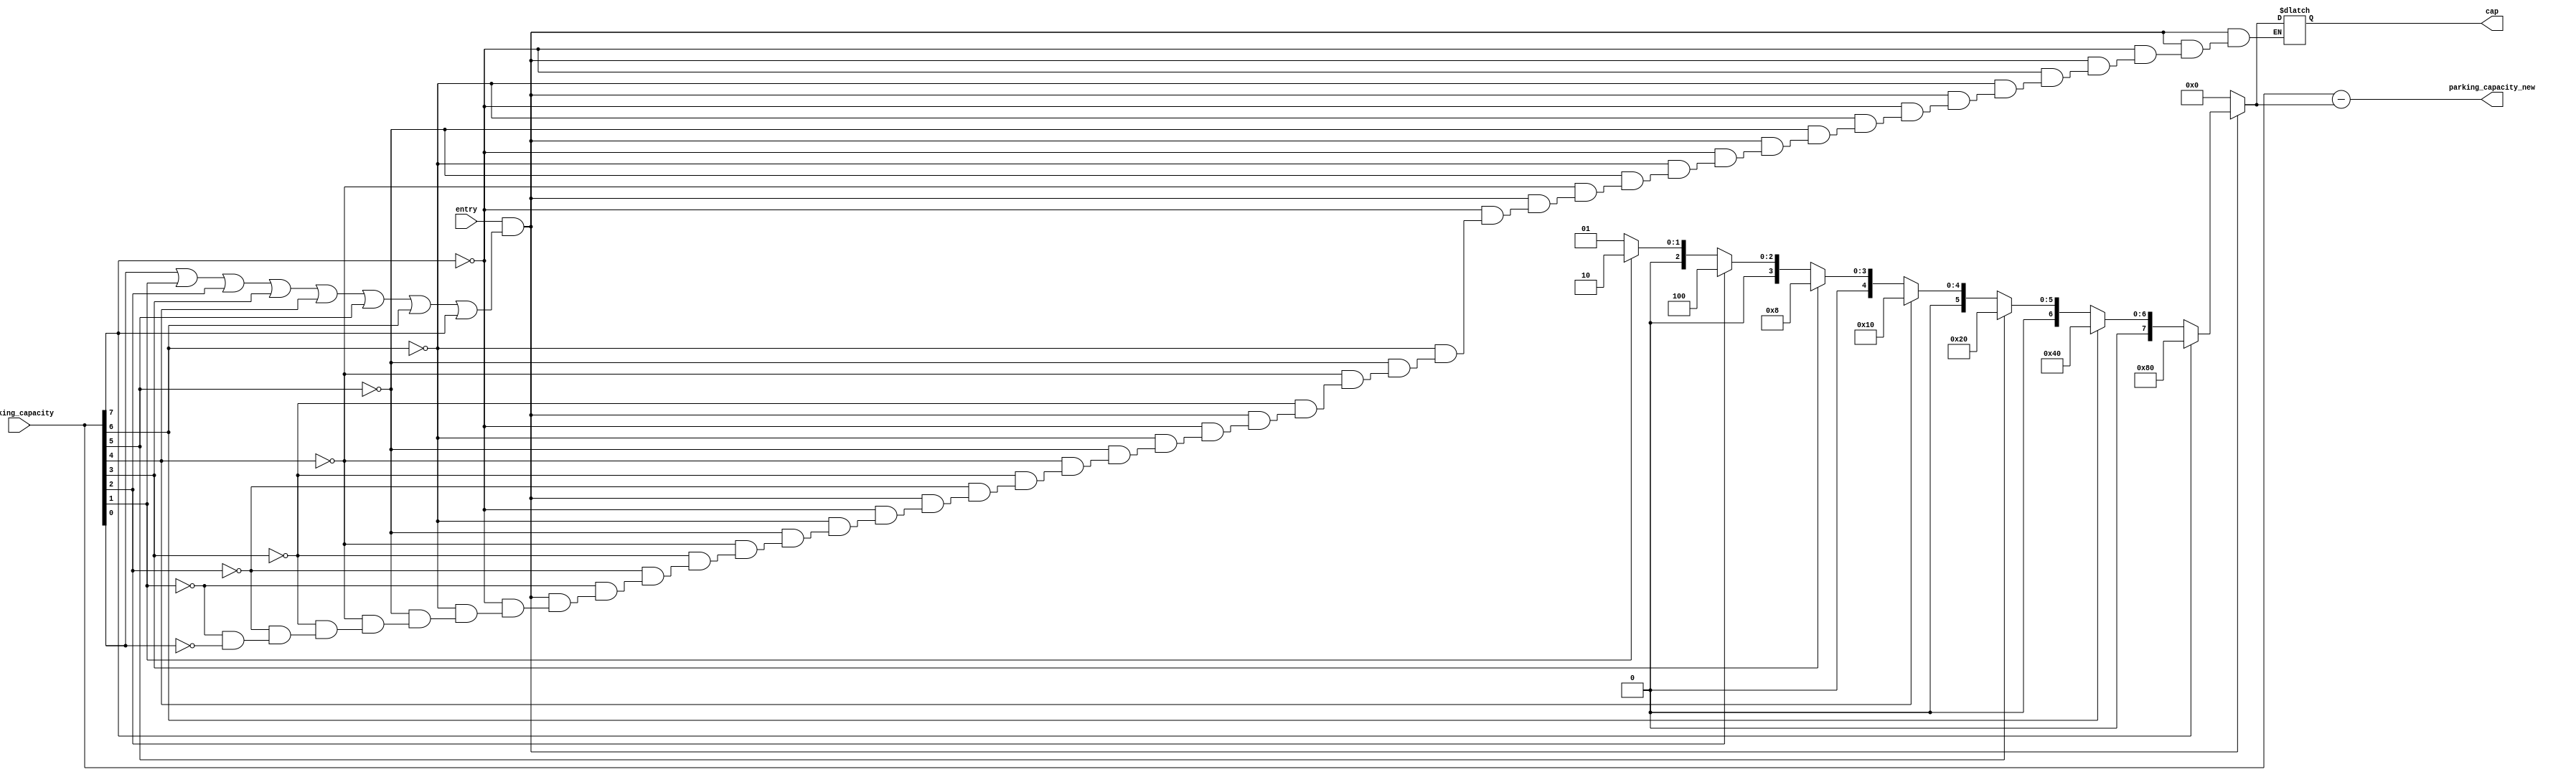
/*--  *******************************************************
--  Computer Architecture Course, Laboratory Sources 
--  Amirkabir University of Technology (Tehran Polytechnic)
--  Department of Computer Engineering (CE-AUT)
--  https://ce[dot]aut[dot]ac[dot]ir
--  *******************************************************
--  All Rights reserved (C) 2021-2022
--  *******************************************************
--  Student ID  : 
--  Student Name: 
--  Student Mail: 
--  *******************************************************
--  Additional Comments:
--
--*/

/*-----------------------------------------------------------
---  Module Name: update_capacity
-----------------------------------------------------------*/
`timescale 1 ns/1 ns
module update_capacity(input entry, 
input [7:0] parking_capacity,
output reg [7:0] parking_capacity_new,
output reg [7:0] cap
    );
wire ch;
wire check;
	 
assign ch = parking_capacity[0] | parking_capacity[1] | parking_capacity[2] | parking_capacity[3] | parking_capacity[4] | parking_capacity[5] | parking_capacity[6] | parking_capacity[7];
	 
assign check= entry & ch;


always @(*)
	begin
		if(check)
			begin
				if (parking_capacity[7]==1)
				cap=8'b10000000;
				else if(parking_capacity[6]==1)
				cap=8'b01000000;
				else if(parking_capacity[5]==1)
				cap=8'b00100000;
				else if(parking_capacity[4]==1)
				cap=8'b00010000;
				else if(parking_capacity[3]==1)
				cap=8'b00001000;
				else if(parking_capacity[2]==1)
				cap=8'b00000100;
				else if(parking_capacity[1]==1)
				cap=8'b00000010;
				else if(parking_capacity[0]==1)
				cap=8'b00000001;
			end
			
		else cap = 8'b00000000;
		parking_capacity_new = parking_capacity - cap;
	end
	

	

endmodule